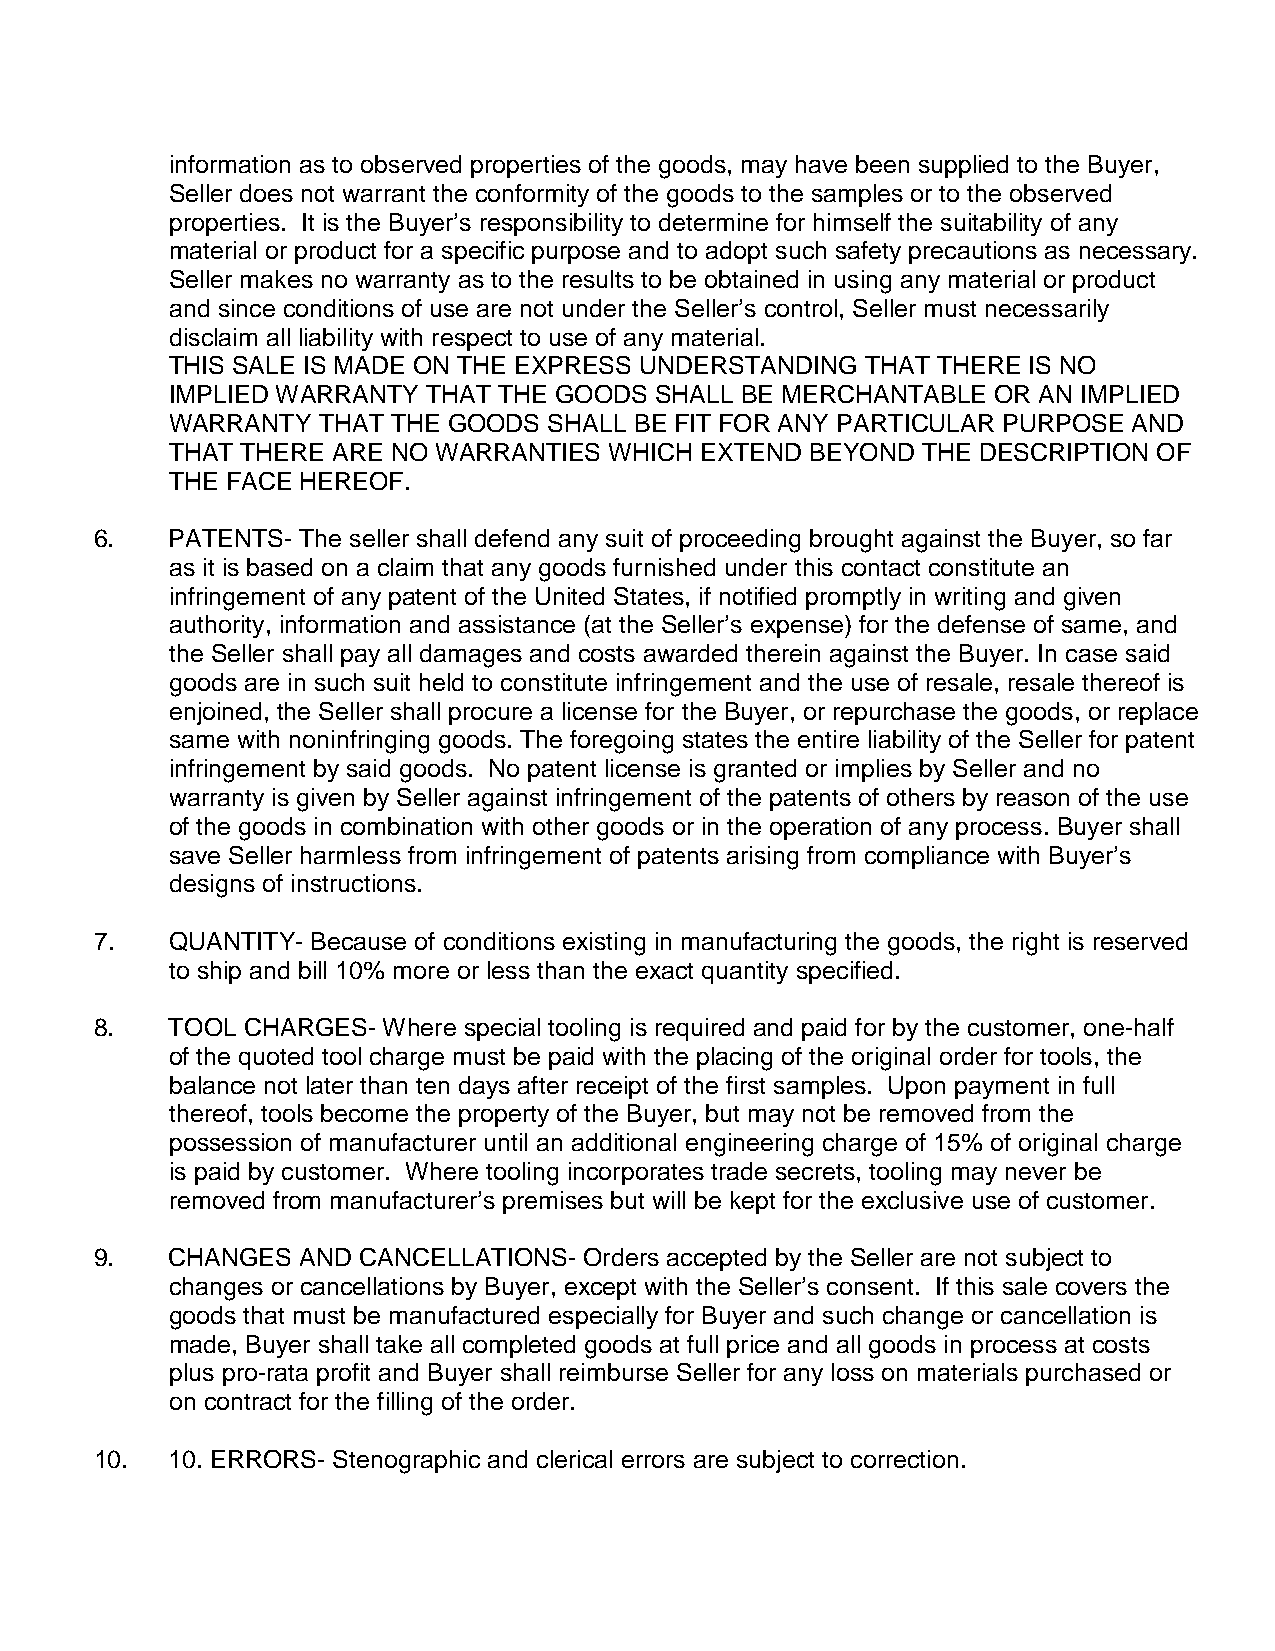
information as to observed properties of the goods, may have been supplied to the Buyer,
 Seller does not warrant the conformity of the goods to the samples or to the observed
 properties. It is the Buyer’s responsibility to determine for himself the suitability of any
 material or product for a specific purpose and to adopt such safety precautions as necessary.
 Seller makes no warranty as to the results to be obtained in using any material or product
 and since conditions of use are not under the Seller’s control, Seller must necessarily
 disclaim all liability with respect to use of any material.
 THIS SALE IS MADE ON THE EXPRESS UNDERSTANDING THAT THERE IS NO
 IMPLIED WARRANTY THAT THE GOODS SHALL BE MERCHANTABLE  OR AN IMPLIED
 WARRANTY  THAT THE GOODS SHALL BE FIT FOR ANY PARTICULAR PURPOSE AND
 THAT THERE ARE NO WARRANTIES WHICH EXTEND  BEYOND THE DESCRIPTION OF
 THE FACE HEREOF.
 6.   PATENTS- The seller shall defend any suit of proceeding brought against the Buyer, so far
 as it is based on a claim that any goods furnished under this contact constitute an
 infringement of any patent of the United States, if notified promptly in writing and given
 authority, information and assistance (at the Seller’s expense) for the defense of same, and
 the Seller shall pay all damages and costs awarded therein against the Buyer. In case said
 goods are in such suit held to constitute infringement and the use of resale, resale thereof is
 enjoined, the Seller shall procure a license for the Buyer, or repurchase the goods, or replace
 same with noninfringing goods. The foregoing states the entire liability of the Seller for patent
 infringement by said goods. No patent license is granted or implies by Seller and no
 warranty is given by Seller against infringement of the patents of others by reason of the use
 of the goods in combination with other goods or in the operation of any process. Buyer shall
 save Seller harmless from infringement of patents arising from compliance with Buyer’s
 designs of instructions.
 7.   QUANTITY- Because of conditions existing in manufacturing the goods, the right is reserved
 to ship and bill 10% more or less than the exact quantity specified.
 8.   TOOL CHARGES- Where special tooling is required and paid for by the customer, one-half
 of the quoted tool charge must be paid with the placing of the original order for tools, the
 balance not later than ten days after receipt of the first samples. Upon payment in full
 thereof, tools become the property of the Buyer, but may not be removed from the
 possession of manufacturer until an additional engineering charge of 15% of original charge
 is paid by customer. Where tooling incorporates trade secrets, tooling may never be
 removed from manufacturer’s premises but will be kept for the exclusive use of customer.
 9.   CHANGES  AND CANCELLATIONS- Orders accepted by the Seller are not subject to
 changes or cancellations by Buyer, except with the Seller’s consent. If this sale covers the
 goods that must be manufactured especially for Buyer and such change or cancellation is
 made, Buyer shall take all completed goods at full price and all goods in process at costs
 plus pro-rata profit and Buyer shall reimburse Seller for any loss on materials purchased or
 on contract for the filling of the order.
 10.  10. ERRORS- Stenographic and clerical errors are subject to correction.